Relation of titanus [i.e. tetanus] to the hypodermic or intramuscular injection of quinine - Number 43
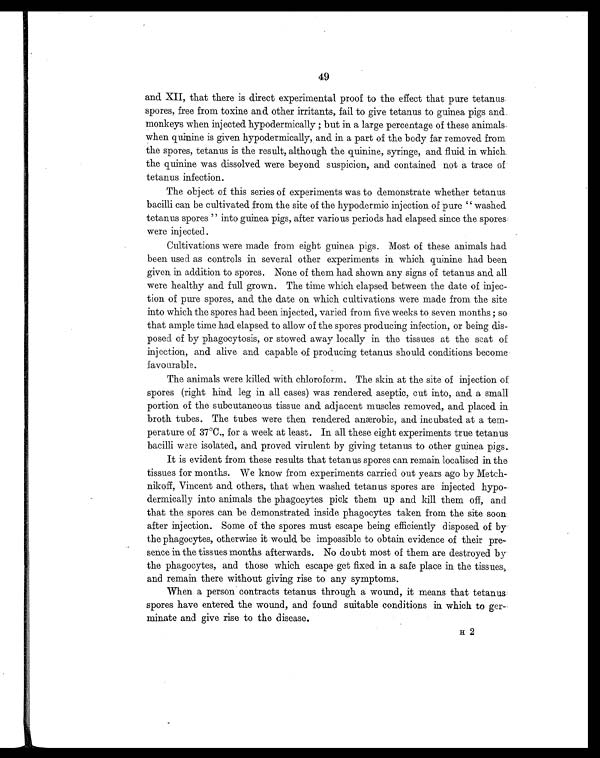
49
and XII, that there is direct experimental proof to the effect that pure tetanus.
spores, free from toxine and other irritants, fail to give tetanus to guinea pigs and.
monkeys when injected hypodermically ; but in a large percentage of these animals
when quinine is given hypodermically, and in a part of the body far removed from
the spores, tetanus is the result, although the quinine, syringe, and fluid in which
the quinine was dissolved were beyond suspicion, and contained not a trace of
tetanus infection.
The object of this series of experiments was to demonstrate whether tetanus
bacilli can be cultivated from the site of the hypodermic injection of pure " washed
tetanus spores " into guinea pigs, after various periods had elapsed since the spores.
were injected.
Cultivations were made from eight guinea pigs. Most of these animals had
been used as controls in several other experiments in which quinine had been
given in addition to spores. None of them had shown any signs of tetanus and all
were healthy and full grown. The time which elapsed between the date of injec
- t i o n o f p u r e s p o r e s , a n d t h e d a t e o n w h i c h c u l t i v a t i o n s w e r e m a d e f r o m t h e s i t e
into which the spores had been injected, varied from five weeks to seven months ; so
that ample time had elapsed to allow of the spores producing infection, or being dis
- p o s e d o f b y p h a g o c y t o s i s , o r s t o w e d a w a y l o c a l l y i n t h e t i s s u e s a t t h e s e a t o f
injection, and alive and capable of producing tetanus should conditions become
favourable.
The animals were killed with chloroform. The skin at the site of injection of
spores (right hind leg in all cases) was rendered aseptic, cut into, and a small
portion of the subcutaneous tissue and adjacent muscles removed, and placed in
broth tubes. The tubes were then rendered anærobic, and incubated at a tem
perature of 37°C., for a week at least. In all these eight experiments true tetanus
bacilli ware isolated, and proved virulent by giving tetanus to other guinea pigs.
It is evident from these results that tetanus spores can remain localised in the
tissues for months. We know from experiments carried out years ago by Metch
-nikoff, Vincent and others, that when washed tetanus spores are injected hypo
- d e r m i c a l l y i n t o a n i m a l s t h e p h a g o c y t e s p i c k t h e m u p a n d k i l l t h e m o f f , a n d
that the spores can be demonstrated inside phagocytes taken from the site soon
after injection. Some of the spores must escape being efficiently disposed of by
the phagocytes, otherwise it would be impossible to obtain evidence of their pre
- s e n c e i n t h e t i s s u e s m o n t h s a f t e r w a r d s . N o d o u b t m o s t o f t h e m a r e d e s t r o y e d b y
the phagocytes, and those which escape get fixed in a safe place in the tissues,
and remain there without giving rise to any symptoms.
When a person contracts tetanus through a wound, it means that tetanus
spores have entered the wound, and found suitable conditions in which to ger
- m i n a t e a n d g i v e r i s e t o t h e d i s e a s e .
H 2